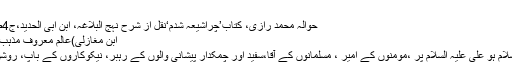
“
حوالہ محمد رازی، کتاب’چراشیعہ شدم‘نقل از شرح نہج البلاغہ، ابن ابی الحدید،ج4ص334
ابن مغازلی)عالم معروف مذہب ِشافعی)
”درودوسلام ہو علی علیہ السلام پر ،مومنوں کے امیر ، مسلمانوں کے آقا،سفید اور چمکدار پیشانی والوں کے رہبر، نیکوکاروں کے باپ، روشن چراغ۔